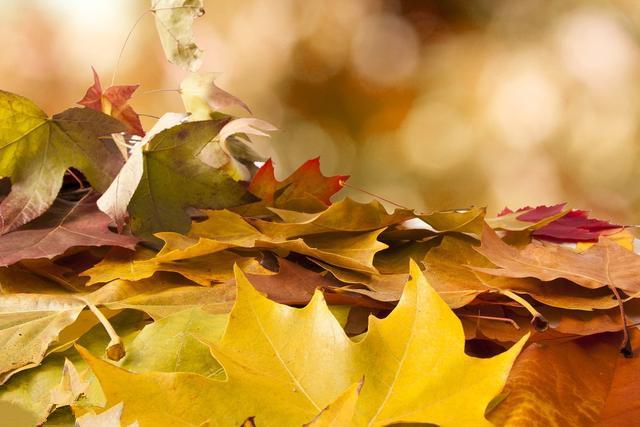
荒村带返照，落叶乱纷纷。